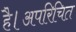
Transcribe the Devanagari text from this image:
है।अपरिचित